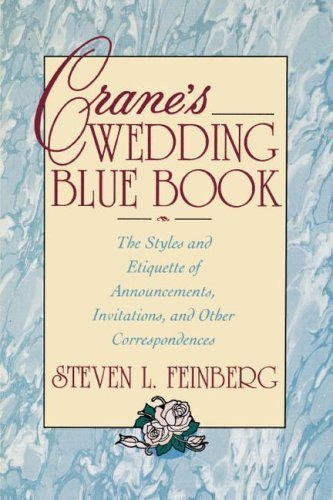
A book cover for Crane's Wedding Blue Book: The Styles and Etiquette of Announcements, Invitations and Other Correspondences by Feinberg, Steven [Paperback(1993/4/14)]; Crafts, Hobbies & Home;